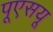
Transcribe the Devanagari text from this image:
पूएसयू